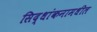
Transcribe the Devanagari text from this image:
सिद्धांकनामधील